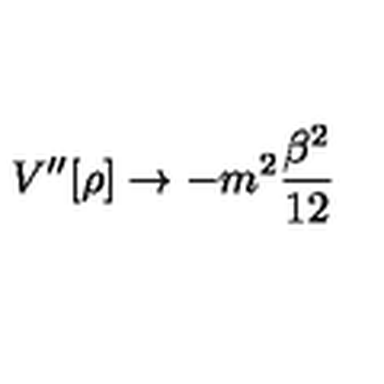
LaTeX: V ^ { \prime \prime } [ \rho ] \rightarrow - m ^ { 2 } \frac { \beta ^ { 2 } } { 1 2 }